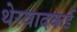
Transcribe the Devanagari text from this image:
थेरवादकई